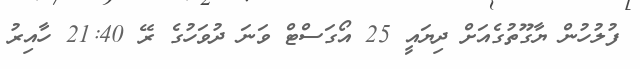
ފުލުހުން ޔާގޫތުގެއަށް ދިޔައީ 25 އޯގަސްޓް ވަނަ ދުވަހުގެ ރޭ 21:40 ހާއިރު